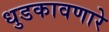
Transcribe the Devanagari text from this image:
धुडकावणारे